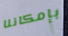
بإمكاننا